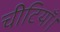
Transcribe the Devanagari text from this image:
चीटियाँ।